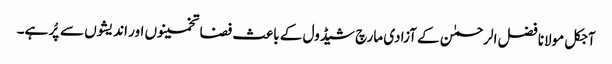
آجکل مولانا فضل الرحمٰن کے آزادی مارچ شیڈول کے باعث فضا تخمینوں اور اندیشوں سے پُر ہے۔